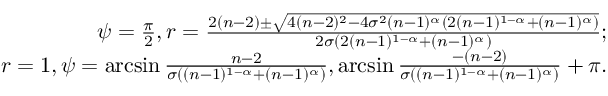
\begin{array} { r } { \psi = \frac { \pi } { 2 } , r = \frac { 2 ( n - 2 ) \pm \sqrt { 4 ( n - 2 ) ^ { 2 } - 4 \sigma ^ { 2 } ( n - 1 ) ^ { \alpha } ( 2 ( n - 1 ) ^ { 1 - \alpha } + ( n - 1 ) ^ { \alpha } ) } } { 2 \sigma ( 2 ( n - 1 ) ^ { 1 - \alpha } + ( n - 1 ) ^ { \alpha } ) } ; } \\ { r = 1 , \psi = \arcsin { \frac { n - 2 } { \sigma ( ( n - 1 ) ^ { 1 - \alpha } + ( n - 1 ) ^ { \alpha } ) } } , \arcsin { \frac { - ( n - 2 ) } { \sigma ( ( n - 1 ) ^ { 1 - \alpha } + ( n - 1 ) ^ { \alpha } ) } } + \pi . } \end{array}